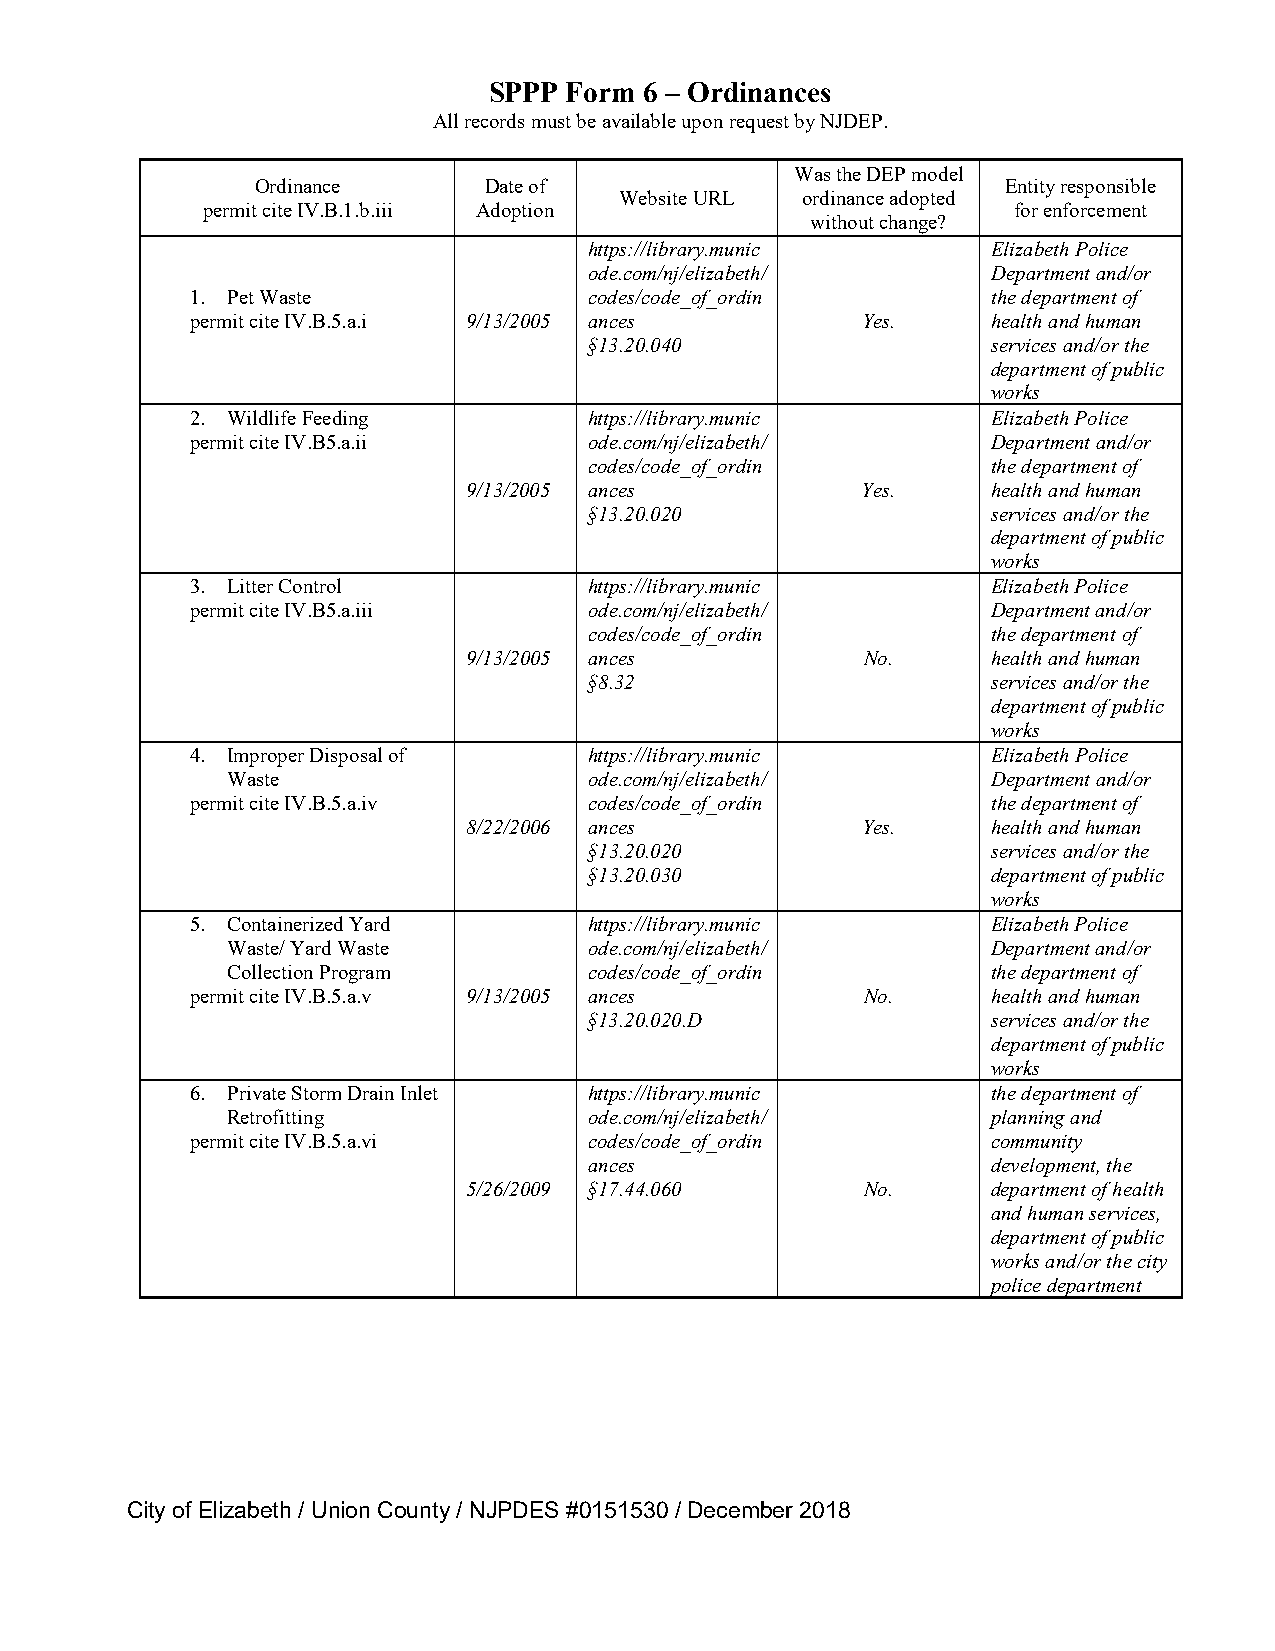
SPPP Form  6 – Ordinances
 All records must be available upon request by NJDEP.
 Was the DEP model
 Ordinance      Date of                            Entity responsible
 Website URL ordinance adopted
 permit cite IV.B.1.b.iii Adoption                     for enforcement
 without change?
 https://library.munic      Elizabeth Police
 ode.com/nj/elizabeth/      Department and/or
 1. Pet Waste              codes/code_of_ordin        the department of
 permit cite IV.B.5.a.i 9/13/2005 ances      Yes.     health and human
 §13.20.040                 services and/or the
 department of public
 works
 2. Wildlife Feeding       https://library.munic      Elizabeth Police
 permit cite IV.B5.a.ii    ode.com/nj/elizabeth/      Department and/or
 codes/code_of_ordin        the department of
 9/13/2005 ances           Yes.     health and human
 §13.20.020                 services and/or the
 department of public
 works
 3. Litter Control         https://library.munic      Elizabeth Police
 permit cite IV.B5.a.iii   ode.com/nj/elizabeth/      Department and/or
 codes/code_of_ordin        the department of
 9/13/2005 ances           No.      health and human
 §8.32                      services and/or the
 department of public
 works
 4. Improper Disposal of   https://library.munic      Elizabeth Police
 Waste                   ode.com/nj/elizabeth/      Department and/or
 permit cite IV.B.5.a.iv   codes/code_of_ordin        the department of
 8/22/2006 ances           Yes.     health and human
 §13.20.020                 services and/or the
 §13.20.030                 department of public
 works
 5. Containerized Yard     https://library.munic      Elizabeth Police
 Waste/ Yard Waste       ode.com/nj/elizabeth/      Department and/or
 Collection Program      codes/code_of_ordin        the department of
 permit cite IV.B.5.a.v 9/13/2005 ances      No.      health and human
 §13.20.020.D               services and/or the
 department of public
 works
 6. Private Storm Drain Inlet https://library.munic   the department of
 Retrofitting            ode.com/nj/elizabeth/      planning and
 permit cite IV.B.5.a.vi   codes/code_of_ordin        community
 ances                      development, the
 5/26/2009 §17.44.060      No.      department of health
 and human services,
 department of public
 works and/or the city
 police department
 City of Elizabeth / Union County / NJPDES #0151530 / December 2018